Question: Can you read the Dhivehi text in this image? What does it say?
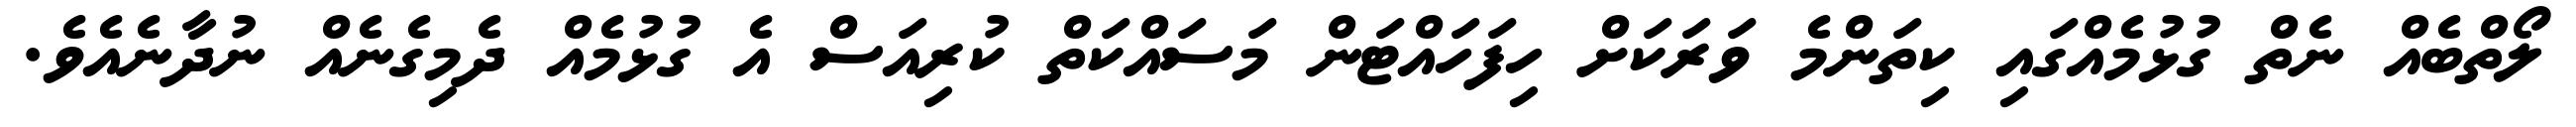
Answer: ލޯތްބެއް ނެތް ގުޅުމެއްގައި ކިތަންމެ ވަރަކަށް ހިފަހައްޓަން މަސައްކަތް ކުރިއަސް އެ ގުޅުމެއް ދެމިގެނެއް ނުދާނެއެވެ.